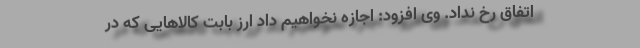
اتفاق رخ نداد. وی افزود: اجازه نخواهیم داد ارز بابت کالاهایی که در